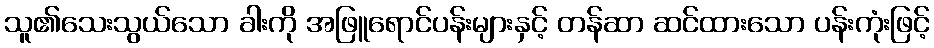
သူ၏သေးသွယ်သော ခါးကို အဖြူရောင်ပန်းများနှင့် တန်ဆာ ဆင်ထားသော ပန်းကုံးဖြင့်